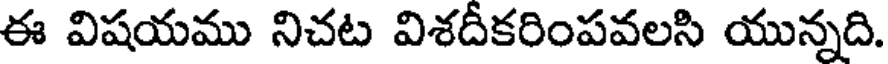
ఈ విషయము నిచట విశదీకరింపవలసి యున్నది.